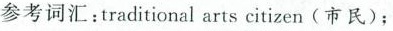
参考词汇：traditional arts citizen(市民)；